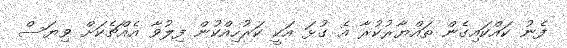
ފެނު ކައްކައިގެން ތައްޔާރުކުރާ އެ ގުޅަ އަކީ ކަރުހިއްކުން ފިލުވާ އެއްޗެކަށް ވިޔަސް